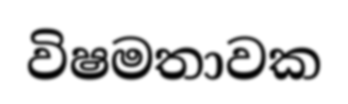
විෂමතාවක